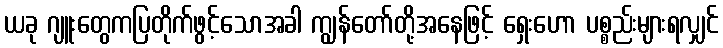
ယခု ဂျူးတွေကပြတိုက်ဖွင့်သောအခါ ကျွန်တော်တို့အနေဖြင့် ရှေးဟော ပစ္စည်းများရလျှင်